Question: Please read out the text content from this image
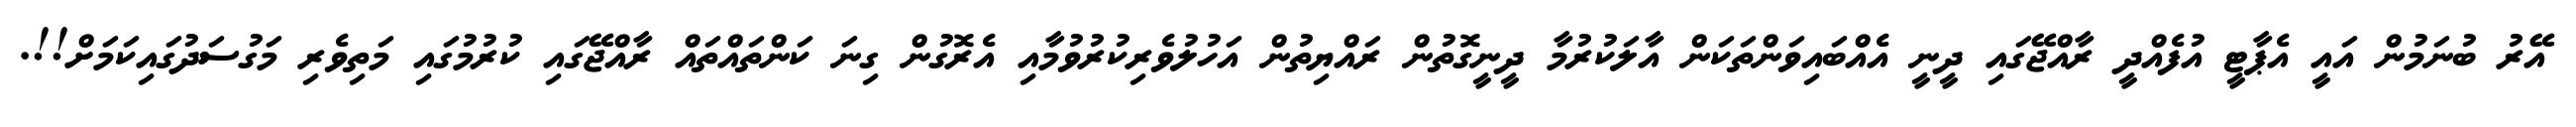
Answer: އޭރު ބުނަމުން އައީ އެޕާޓީ އުފެއްދީ ރާއްޖޭގައި ދީނީ އެއްބައިވަންތަކަން އާލަކުރުމާ ދީނީގޮތުން ރައްޔިތުން އަހުލުވެރިކުރުވުމާއި އެރޮގުން ގިނަ ކަންތައްތައް ރާއްޖޭގައި ކުރުމުގައި މަތިވެރި މަގުސަދުގައިކަމަށް!!.